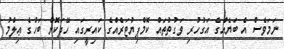
ނަމަވެސް އެ ބަޔެއްގެ އަގުހުރި ވަގުތުތައް ކޮމްޕިޔުޓަރެއްގެ ކައިރީގައި ހޭދަކޮށް ބަހުގެ ޢިލްމު